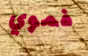
فموي